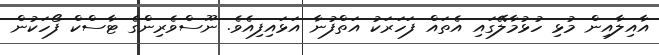
އާއިލާއިން މުޅި ހުޅުމާލޭގައި އެތައް ފަހަރަކު އަތްފުނާ އަޅައިފިއެވެ. ނޫސްވެރިންގެ ޓާސްކް ފޯހަކުން